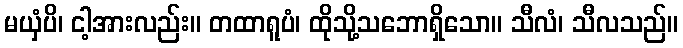
မယှံပိ၊ ငါ့အားလည်း။ တထာရူပံ၊ ထိုသို့သဘောရှိသော။ သီလံ၊ သီလသည်။